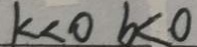
k < 0 b < 0